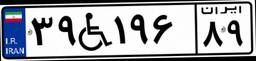
۳۹W۱۹۶۸۹